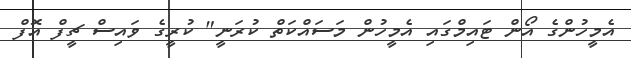
އެމީހުންގެ އޯން ޓައިމްގައި އެމީހުން މަސައްކަތް ކުރަނީ" ކުރީގެ ވައިސް ޗީފް އޮފް